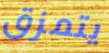
يتمزق